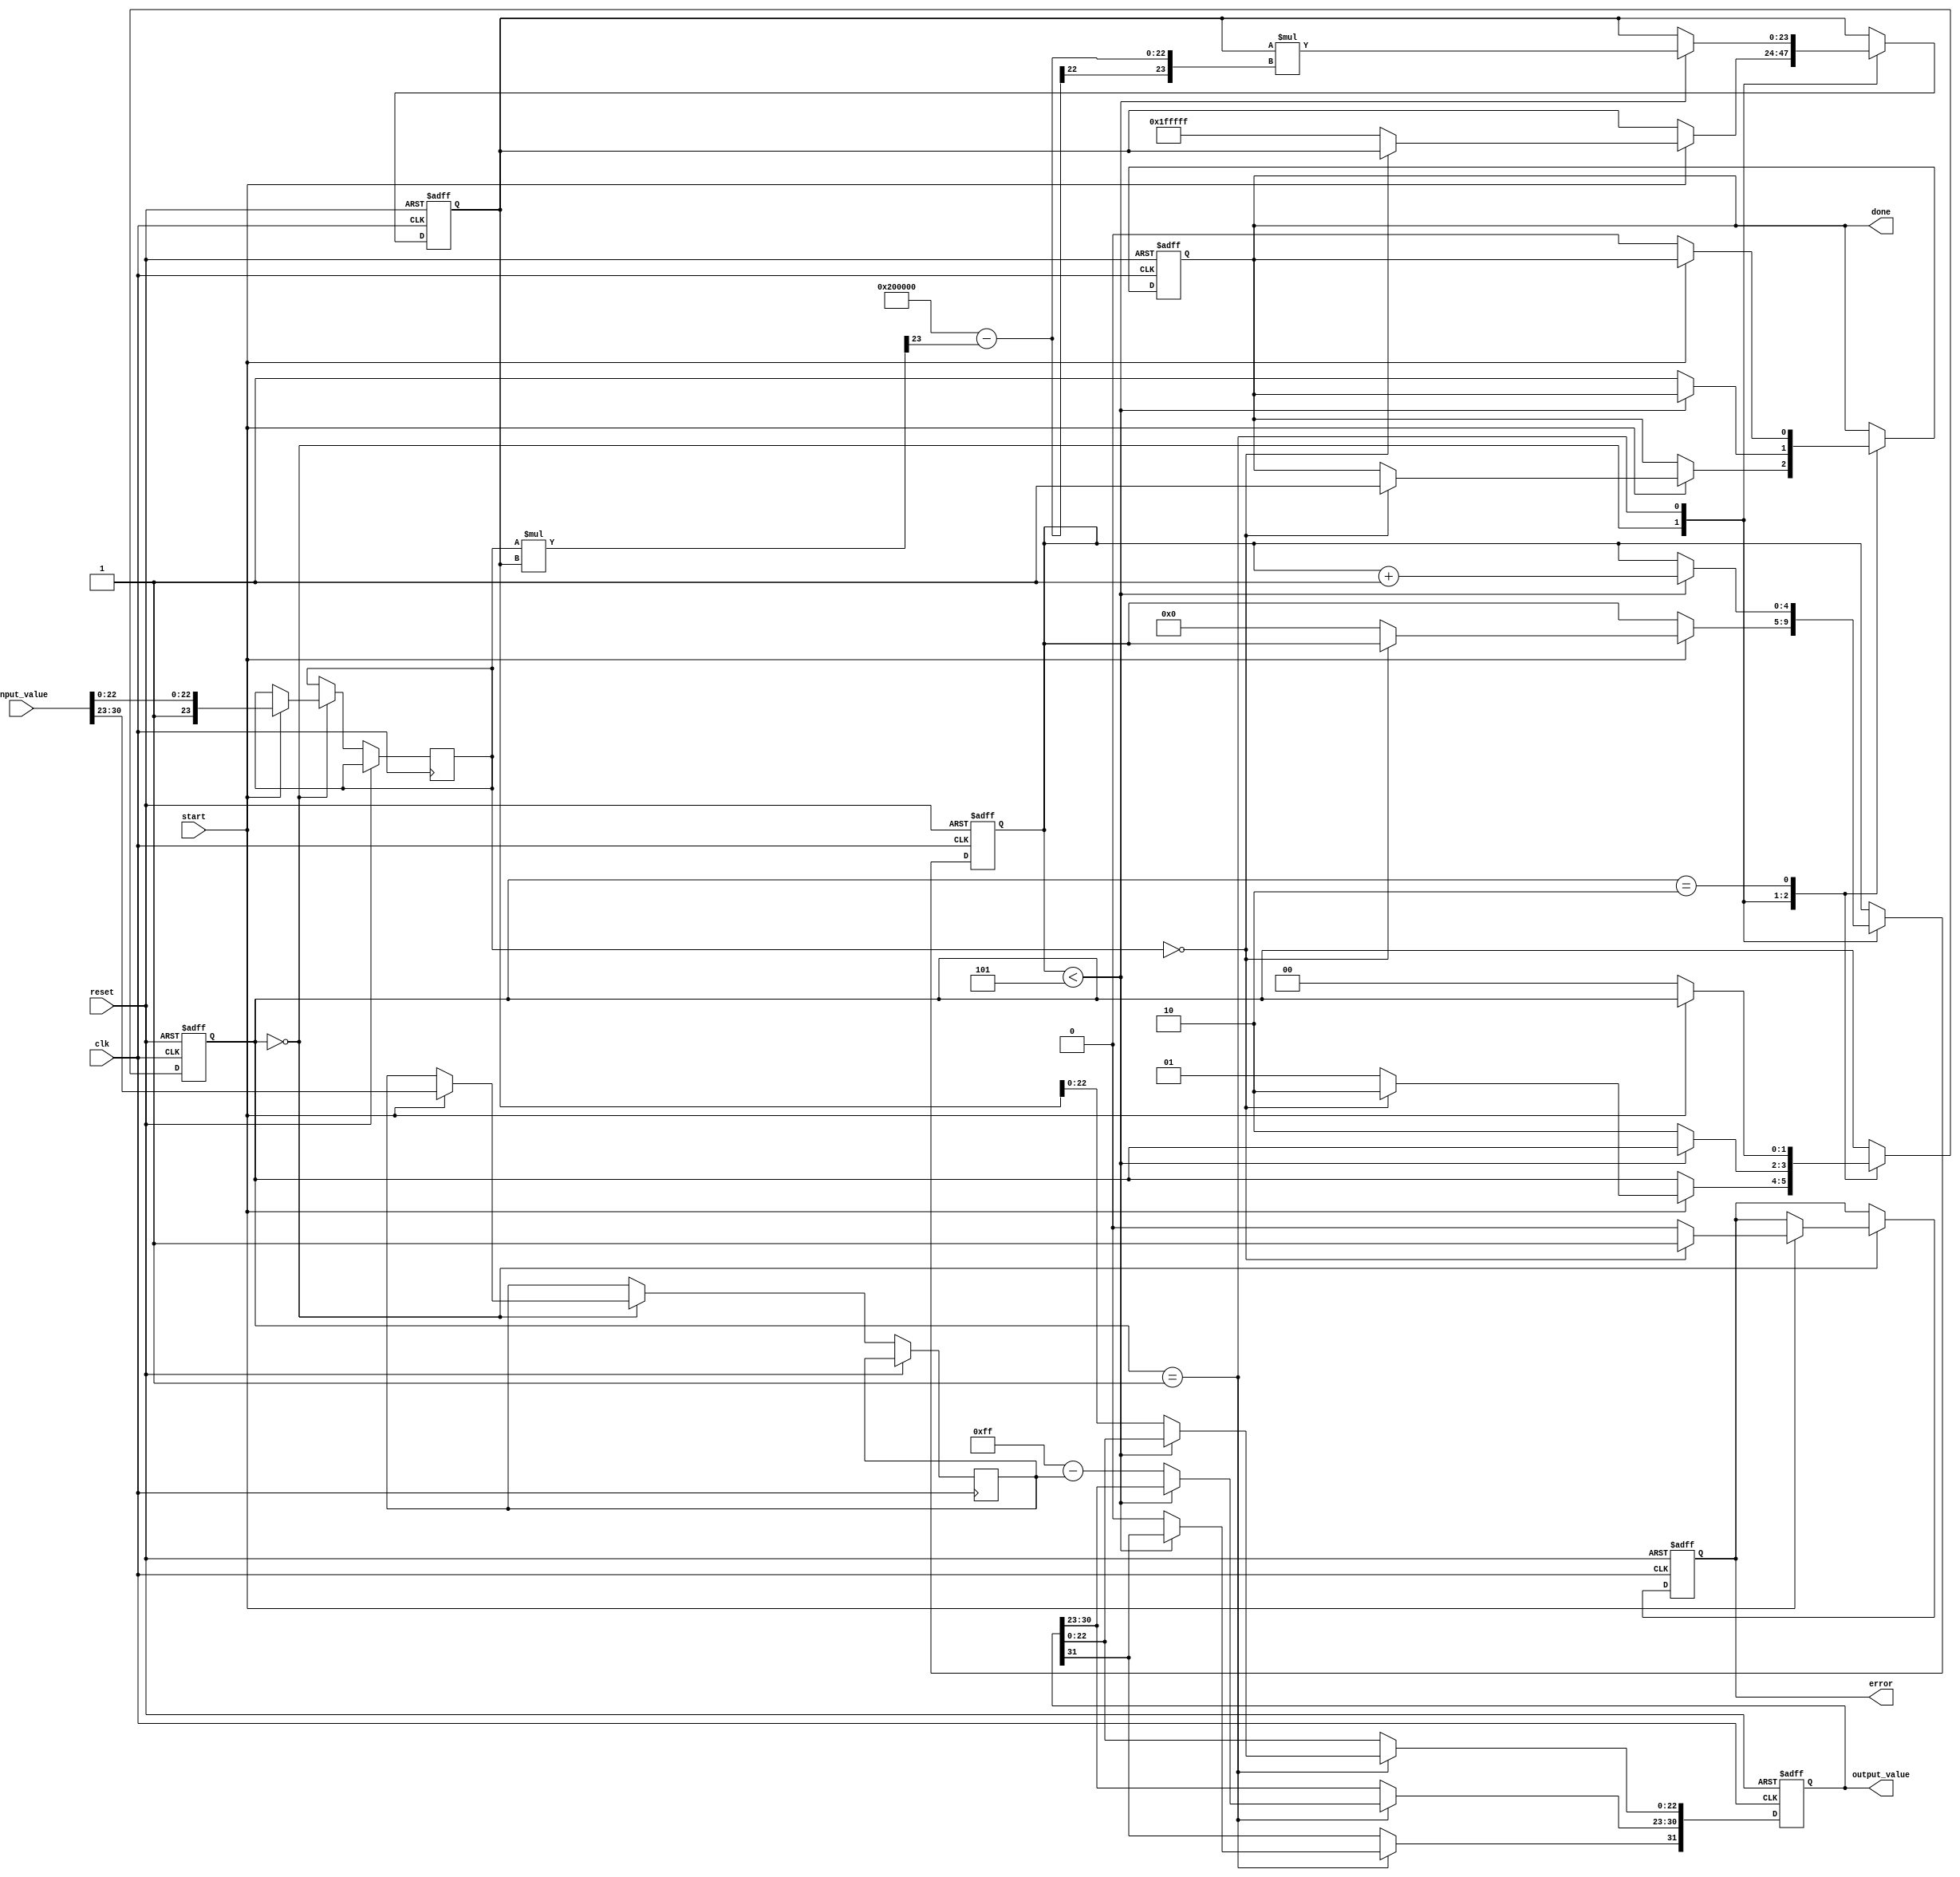
module floating_point_reciprocal (
    input wire clk,
    input wire reset,
    input wire start,
    input wire [31:0] input_value, // IEEE 754 single precision input
    output reg [31:0] output_value, // IEEE 754 single precision output
    output reg done,
    output reg error
);

    // Internal signals
    reg [7:0] exponent;
    reg [23:0] mantissa;
    reg sign;
    reg [23:0] approx; // Approximation of the reciprocal
    reg [4:0] iteration_count; // Counter for iterations
    reg [1:0] state; // State machine for control

    // State encoding
    localparam IDLE = 2'b00;
    localparam COMPUTE = 2'b01;
    localparam DONE = 2'b10;

    // Initial approximation constant (for 1/x)
    localparam INITIAL_APPROX = 24'h1FFFFF; // Example initial approximation (1.5 in binary)

    // State machine
    always @(posedge clk or posedge reset) begin
        if (reset) begin
            state <= IDLE;
            output_value <= 32'b0;
            done <= 0;
            error <= 0;
            iteration_count <= 0;
            approx <= 0;
        end else begin
            case (state)
                IDLE: begin
                    if (start) begin
                        // Extract sign, exponent, and mantissa
                        sign <= input_value[31];
                        exponent <= input_value[30:23];
                        mantissa <= {1'b1, input_value[22:0]}; // Normalize mantissa
                        
                        // Check for zero input
                        if (mantissa == 24'b0) begin
                            error <= 1;
                            done <= 1;
                            state <= DONE;
                        end else begin
                            error <= 0;
                            approx <= INITIAL_APPROX; // Set initial approximation
                            iteration_count <= 0;
                            state <= COMPUTE;
                        end
                    end
                end

                COMPUTE: begin
                    if (iteration_count < 5) begin // Fixed number of iterations
                        // Newton-Raphson iteration: r_n+1 = r_n * (2 - x * r_n)
                        approx <= approx * (24'h200000 - (mantissa * approx >> 23)); // Shift for fixed-point
                        iteration_count <= iteration_count + 1;
                    end else begin
                        // Finalize output
                        output_value[31] <= 0; // Sign bit is always 0
                        output_value[30:23] <= 8'b11111111 - exponent; // Adjust exponent
                        output_value[22:0] <= approx[22:0]; // Use the mantissa from approximation
                        done <= 1;
                        state <= DONE;
                    end
                end

                DONE: begin
                    // Wait for reset or new start signal
                    if (!start) begin
                        state <= IDLE;
                        done <= 0;
                    end
                end
            endcase
        end
    end

endmodule